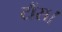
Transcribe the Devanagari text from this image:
टौंस।